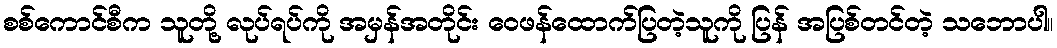
စစ်ကောင်စီက သူတို့ လုပ်ရပ်ကို အမှန်အတိုင်း ဝေဖန်ထောက်ပြတဲ့သူကို ပြန် အပြစ်တင်တဲ့ သဘောပါ။